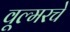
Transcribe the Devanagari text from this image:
वूल्मरचे